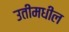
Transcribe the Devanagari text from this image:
उतींमधील